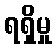
ရရှိမှု